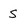
Character: S